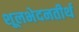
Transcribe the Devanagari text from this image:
शूलभेदनतीर्थ